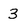
Character: 3